Malaria in the Punjab - Number 46
Disease focus: Malaria
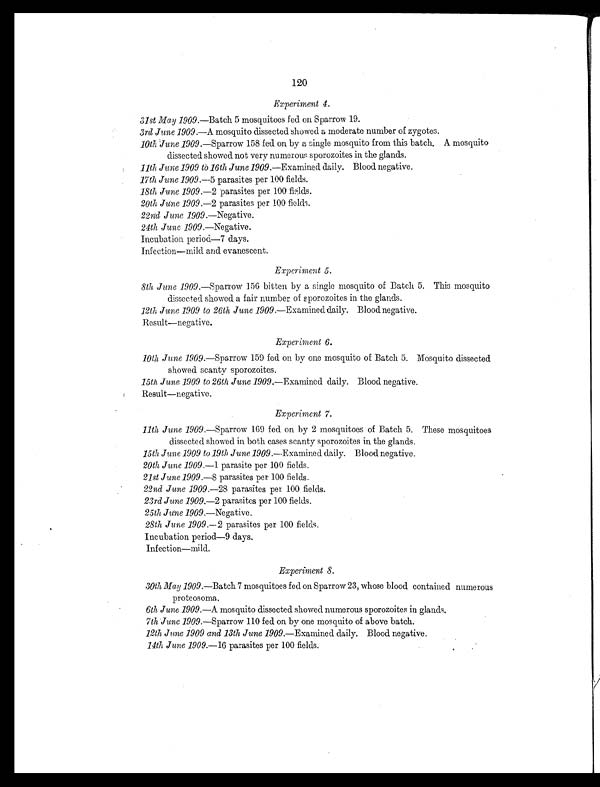
120
Experiment 4.
31st May 1909.—Batch 5 mosquitoes fed on Sparrow 19.
3rd June 1909. —A mosquito dissected showed a moderate number of zygotes.
10th June 1909.—Sparrow 158 fed on by a single mosquito from this batch. A mosquito
dissected showed not very numerous sporozoites in the glands.
11th June 1909 to 16th June 1909. —Examined daily. Blood negative.
17th June 1909.—5 parasites per 100 fields.
18th June 1909.— 2 parasites per 100 fields.
20th June 1909. —2 parasites per 100 fields.
22nd June 1909.—Negative.
24th June 1909. —Negative.
Incubation period—7 days.
Infection—mild and evanescent.
Experiment 5.
8th June 1909. —Sparrow 156 bitten by a single mosquito of Batch 5. This mosquito
dissected showed a fair number of sporozoites in the glands.
12th June 1909 to 26th June 1909.—Examined daily. Blood negative.
Result—negative.
Experiment 6.
10th June 1909.—Sparrow 159 fed on by one mosquito of Batch 5. Mosquito dissected
showed scanty sporozoites.
15th June 1909 to 26th June 1909.—Examined daily. Blood negative.
Result—negative.
Experiment 7.
11th June 1909.—Sparrow 169 fed on by 2 mosquitoes of Batch 5. These mosquitoes
dissected showed in both cases scanty sporozoites in the glands.
15th June 1909 to 19th June 1909.—E xamined daily. Blood negative.
20th June 1909.— 1 parasite per 100 fields.
21st June 1909.—8 parasites per 100 fields.
22nd June 1909.—28 parasites per 100 fields.
23rd June 1909.—2 parasites per 100 fields.
25th June 1909. —Negative.
28th June 1909.— 2 parasites per 100 fields.
Incubation period—9 days.
Infection—mild.
Experiment 8.
30th May 1909.—Batch 7 mosquitoes fed on Sparrow 23, whose blood contained numerous
proteosoma.
6th June 1909. —A mosquito dissected showed numerous sporozoites in glands.
7th June 1909. —Sparrow 110 fed on by one mosquito of above batch.
12th June 1909 and 13th June 1909.—Examined daily. Blood negative.
14th June 1909.—16 parasites per 100 fields.